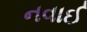
નવાઈ